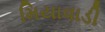
મિયાવાડી